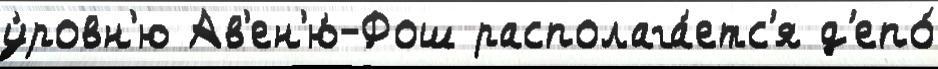
у́ровн'ю Ав'ен'ю́-Фош располага́етс'я д'епо́